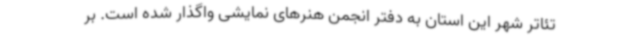
تئاتر شهر این استان به دفتر انجمن هنرهای نمایشی واگذار شده است. بر